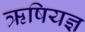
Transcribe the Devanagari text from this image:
ऋषियज्ञ